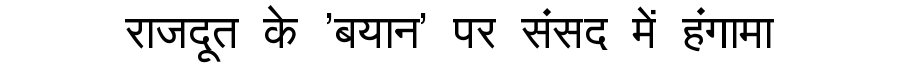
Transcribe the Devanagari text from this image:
राजदूत के 'बयान' पर संसद में हंगामा